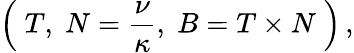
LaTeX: \left(\; T,\; N=\frac{\nu}{\kappa},\; B=T\times N\; \right)\, ,